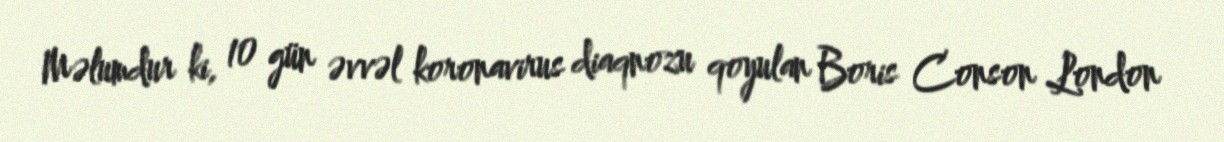
Məlumdur ki, 10 gün əvvəl koronavirus diaqnozu qoyulan Boris Conson London